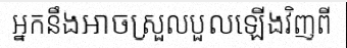
អ្នកនឹងអាចស្រួលបួលឡើងវិញពី